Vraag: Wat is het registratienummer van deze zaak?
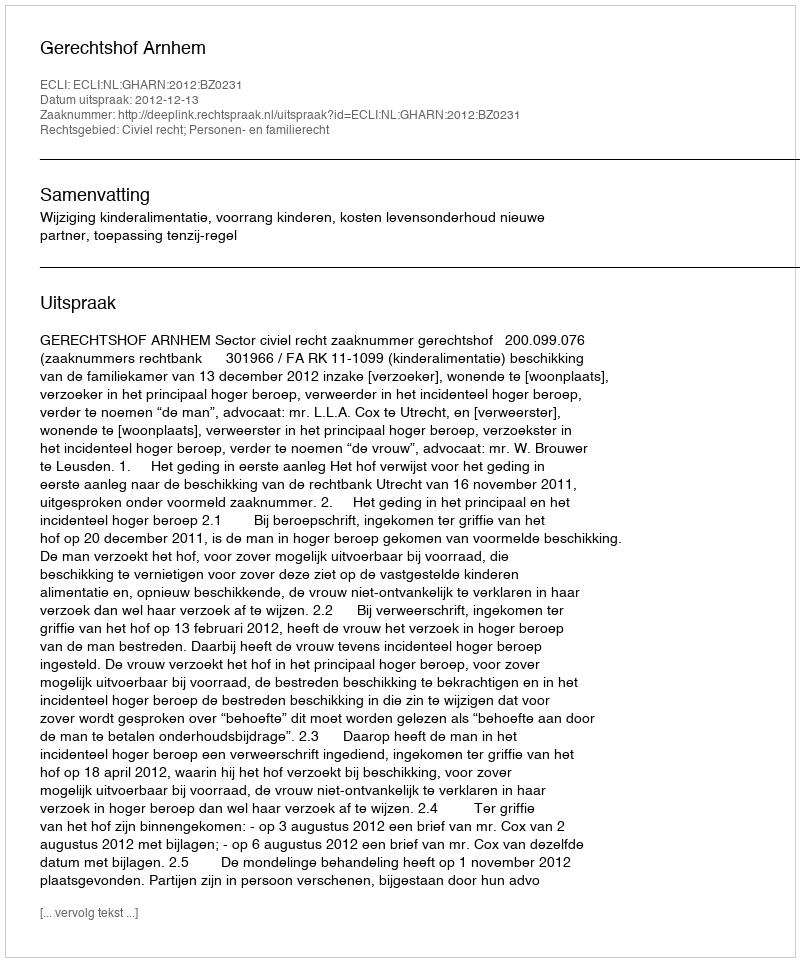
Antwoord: http://deeplink.rechtspraak.nl/uitspraak?id=ECLI:NL:GHARN:2012:BZ0231